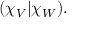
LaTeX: ( \chi _ { V } | \chi _ { W } ) .